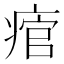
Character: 痯